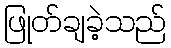
ဖြုတ်ချခဲ့သည်